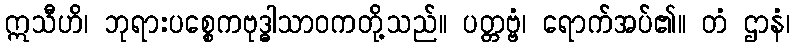
ဣသီဟိ၊ ဘုရားပစ္စေကဗုဒ္ဓါသာဝကတို့သည်။ ပတ္တဗ္ဗံ၊ ရောက်အပ်၏။ တံ ဌာနံ၊